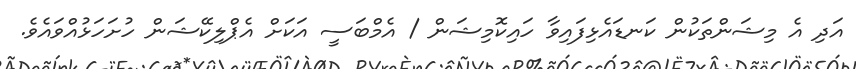
އަދި އެ މިޝަންތަކުން ކަނޑައެޅިފައިވާ ހައިކޮމިޝަން / އެމްބަސީ އަކަށް އެޕްލިކޭޝަން ހުށަހަޅުއްވައެވެ.